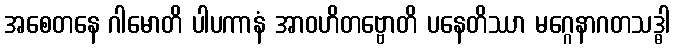
အစေတနေ ဂါမောတိ ပါပကာနံ အာဝဟိတဗ္ဗောတိ ပနေတိဿာ မဂ္ဂေနာဂတသဒ္ဓါ